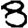
Digit: 8